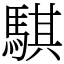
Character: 騏